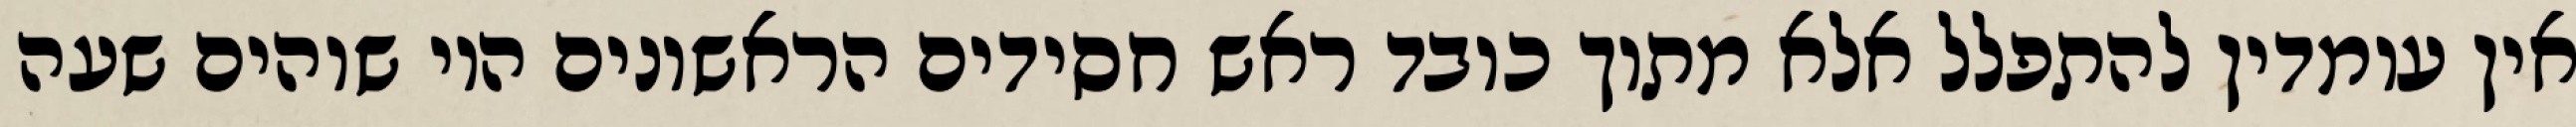
אין עומדין להתפלל אלא מתוך כובד ראש חסידים הראשונים היו שוהים שעה